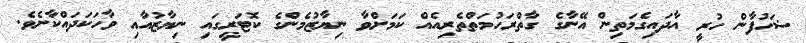
ޝަހުފާން ހުރީ އާދައިގެމަތިން އޭނާގެ ގާތްރަހުމަތްތެރިއެއް ކަމަށްވާ ނިޔާޒުމެންގެ ކޮޓަރީގައި ނިޔާޒުއާއި ވާހަކަދައްކާށެވެ.